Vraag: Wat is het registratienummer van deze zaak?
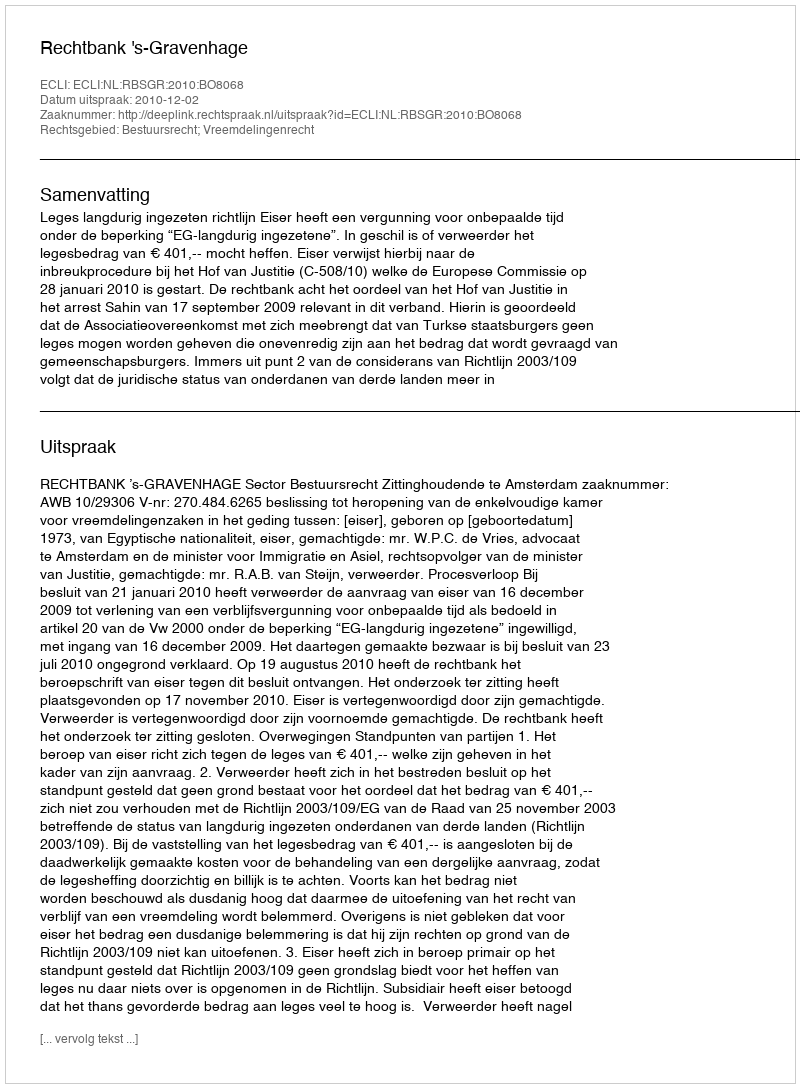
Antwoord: http://deeplink.rechtspraak.nl/uitspraak?id=ECLI:NL:RBSGR:2010:BO8068